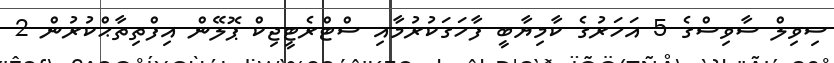
ސިވިލް ސާވިސްގެ 5 އަހަރުގެ ކާމިޔާބީ ފާހަގަކުރުމާއި ސްޓްރެޓީޖިކް ޕޮލޭން އިފްތިތާޙްކުރުން 2